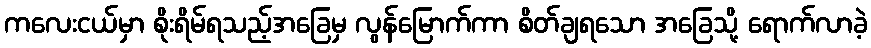
ကလေးငယ်မှာ စိုးရိမ်ရသည့်အခြေမှ လွန်မြောက်ကာ စိတ်ချရသော အခြေသို့ ရောက်လာခဲ့